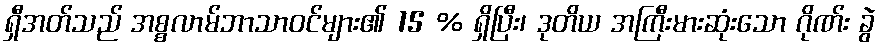
ရှီအတ်သည် အစ္စလာမ်ဘာသာဝင်များ၏ 15 % ရှိပြီး၊ ဒုတိယ အကြီးမားဆုံးသော ဂိုဏ်း ခွဲ